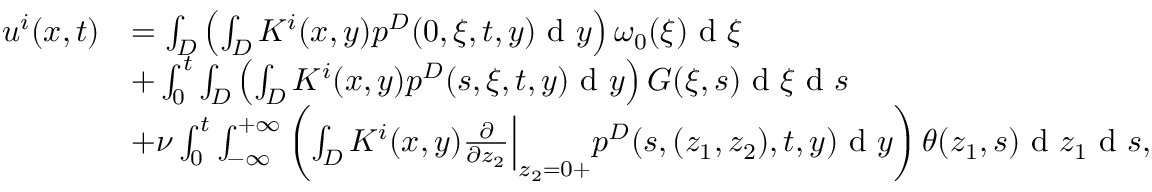
\begin{array} { r l } { u ^ { i } ( x , t ) } & { = \int _ { D } \left( \int _ { D } K ^ { i } ( x , y ) p ^ { D } ( 0 , \xi , t , y ) \textrm { d } y \right) \omega _ { 0 } ( \xi ) \textrm { d } \xi } \\ & { + \int _ { 0 } ^ { t } \int _ { D } \left( \int _ { D } K ^ { i } ( x , y ) p ^ { D } ( s , \xi , t , y ) \textrm { d } y \right) G ( \xi , s ) \textrm { d } \xi \textrm { d } s } \\ & { + \nu \int _ { 0 } ^ { t } \int _ { - \infty } ^ { + \infty } \left( \int _ { D } K ^ { i } ( x , y ) \frac { \partial } { \partial z _ { 2 } } \Big | _ { z _ { 2 } = 0 + } p ^ { D } ( s , ( z _ { 1 } , z _ { 2 } ) , t , y ) \textrm { d } y \right) \theta ( z _ { 1 } , s ) \textrm { d } z _ { 1 } \textrm { d } s , } \end{array}